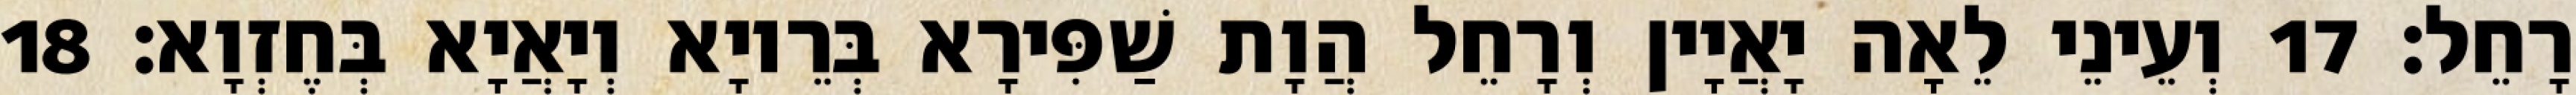
רָחֵל׃ 17 וְעֵינֵי לֵאָה יָאֲיָין וְרָחֵל הֲוָת שַׁפִּירָא בְּרֵיוָא וְיָאֲיָא בְּחֶזְוָא׃ 18